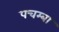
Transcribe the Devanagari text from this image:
पचम्बा